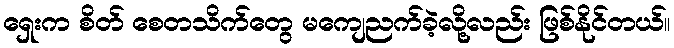
ရှေးက စိတ် စေတသိက်တွေ မကျေညက်ခဲ့လို့လည်း ဖြစ်နိုင်တယ်။